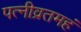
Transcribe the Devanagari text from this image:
पत्नीव्रतमहं